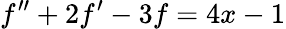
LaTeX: f^{\prime\prime}+2f^{\prime}-3f=4x-1